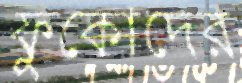
ফুকোদের